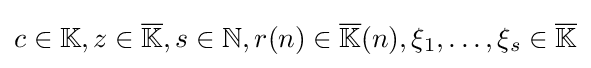
{\textstyle c\in \mathbb {K} ,z\in {\overline {\mathbb {K} }},s\in \mathbb {N} ,r(n)\in {\overline {\mathbb {K} }}(n),\xi _{1},\dots ,\xi _{s}\in {\overline {\mathbb {K} }}}